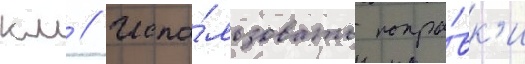
км // Испо́льзовать попра́вк'и